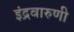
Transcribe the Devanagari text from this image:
इंद्रवारुणी